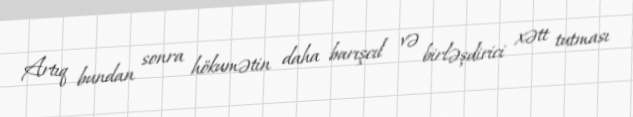
Artıq bundan sonra hökumətin daha barışcıl və birləşdirici xətt tutması